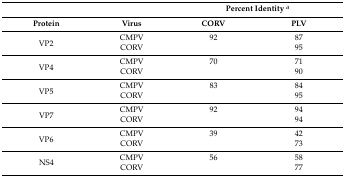
<table><thead><tr><td>[EMPTY_CELL]</td><td>[EMPTY_CELL]</td><td colspan="2"><b>Percent Identity <i><sup>a</sup></i></b></td></tr><tr><td><b>Protein</b></td><td><b>Virus</b></td><td><b>CORV</b></td><td><b>PLV</b></td></tr></thead><tbody><tr><td rowspan="2">VP2</td><td>CMPV</td><td>92</td><td>87</td></tr><tr><td>CORV</td><td>[EMPTY_CELL]</td><td>95</td></tr><tr><td rowspan="2">VP4</td><td>CMPV</td><td>70</td><td>71</td></tr><tr><td>CORV</td><td>[EMPTY_CELL]</td><td>90</td></tr><tr><td rowspan="2">VP5</td><td>CMPV</td><td>83</td><td>84</td></tr><tr><td>CORV</td><td>[EMPTY_CELL]</td><td>95</td></tr><tr><td rowspan="2">VP7</td><td>CMPV</td><td>92</td><td>94</td></tr><tr><td>CORV</td><td>[EMPTY_CELL]</td><td>94</td></tr><tr><td rowspan="2">VP6</td><td>CMPV</td><td>39</td><td>42</td></tr><tr><td>CORV</td><td>[EMPTY_CELL]</td><td>73</td></tr><tr><td rowspan="2">NS4</td><td>CMPV</td><td>56</td><td>58</td></tr><tr><td>CORV</td><td>[EMPTY_CELL]</td><td>77</td></tr></tbody></table>